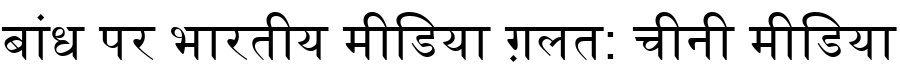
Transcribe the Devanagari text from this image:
बांध पर भारतीय मीडिया ग़लत: चीनी मीडिया